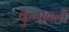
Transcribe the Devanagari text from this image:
कुनावली